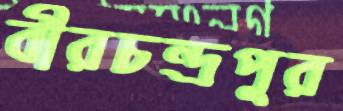
বীরচন্দ্রপুর